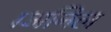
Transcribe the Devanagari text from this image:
।अनिल